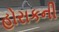
હોરાકની